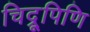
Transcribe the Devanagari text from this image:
चिद्रूपिणि